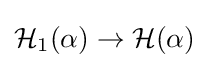
{\mathcal {H}}_{1}(\alpha )\to {\mathcal {H}}(\alpha )